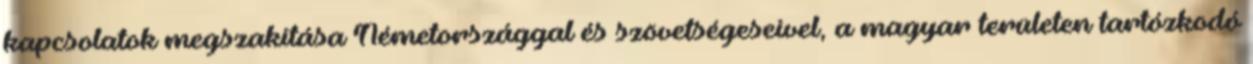
kapcsolatok megszakítása Németországgal és szövetségeseivel, a magyar területen tartózkodó